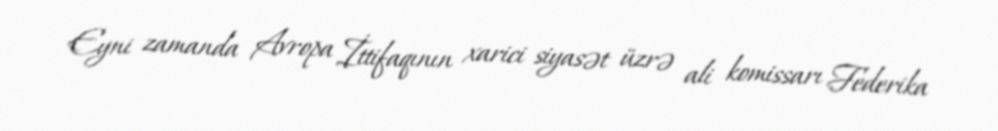
Eyni zamanda Avropa İttifaqının xarici siyasət üzrə ali komissarı Federika